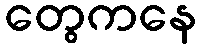
တွေကနေ